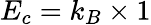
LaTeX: E_{c}=k_{B}\times 1